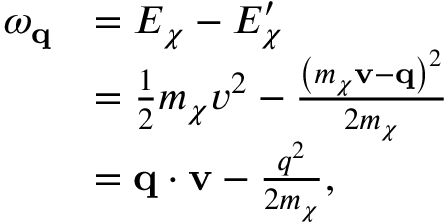
\begin{array} { r l } { \omega _ { \mathbf { q } } } & { = E _ { \chi } - E _ { \chi } ^ { \prime } } \\ & { = \frac { 1 } { 2 } m _ { \chi } v ^ { 2 } - \frac { \left( m _ { \chi } \mathbf { v } - \mathbf { q } \right) ^ { 2 } } { 2 m _ { \chi } } } \\ & { = \mathbf { q } \cdot \mathbf { v } - \frac { q ^ { 2 } } { 2 m _ { \chi } } , } \end{array}